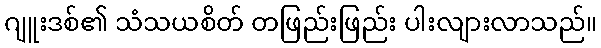
ဂျူးဒစ်၏ သံသယစိတ် တဖြည်းဖြည်း ပါးလျားလာသည်။